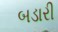
બડારી